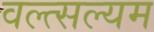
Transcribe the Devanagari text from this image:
वल्त्सल्यम